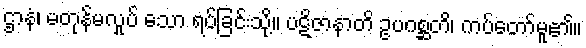
ဌာနံ၊ မတုန်မလှုပ် သော ရပ်ခြင်းသို့။ ပဋိဇာနာတိ ဥပဂစ္ဆတိ၊ ကပ်တော်မူ၏။